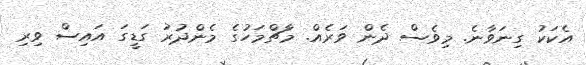
އެކަކު ގިނަވާނެ. މިވެސް ދެން ވަރެއް. މާޗްމަހުގެ މެންދުރު ގަޑީގަ އައިސް ވިރި